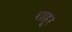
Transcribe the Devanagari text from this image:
शाहूर